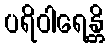
ပရိဝါရေန္တိ